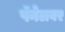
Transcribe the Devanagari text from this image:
पॅनेलवर